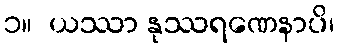
၁။  ယဿာ နုဿရဏေနာပိ၊